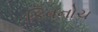
કિવનોચ